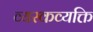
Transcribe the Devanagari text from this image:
व्यस्कव्यक्ति